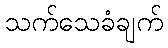
သက်သေခံချက်